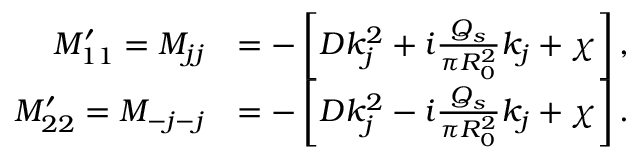
\begin{array} { r l } { M _ { 1 1 } ^ { \prime } = M _ { j j } } & { = - \left[ D k _ { j } ^ { 2 } + i \frac { Q _ { s } } { \pi R _ { 0 } ^ { 2 } } k _ { j } + \chi \right] , } \\ { M _ { 2 2 } ^ { \prime } = M _ { - j - j } } & { = - \left[ D k _ { j } ^ { 2 } - i \frac { Q _ { s } } { \pi R _ { 0 } ^ { 2 } } k _ { j } + \chi \right] . } \end{array}